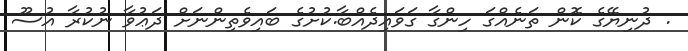
. ދުނިޔޭގެ ކޮން ތަނެއްގަ ހިންގާ ގަވައިދެއްބާ.ކުށުގެ ބައިވެތިންނަށް ދަޢުވާ ނުކުރާ އުސޫ